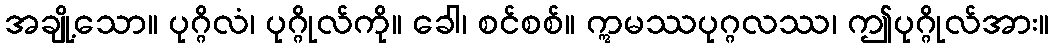
အချို့သော။ ပုဂ္ဂိလံ၊ ပုဂ္ဂိုလ်ကို။ ခေါ၊ စင်စစ်။ ဣမဿပုဂ္ဂလဿ၊ ဤပုဂ္ဂိုလ်အား။